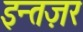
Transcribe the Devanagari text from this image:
इन्तज़र